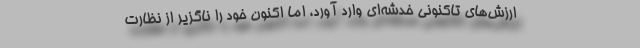
ارزش‌های تاکنونی خدشه‌ای وارد آورد، اما اکنون خود را ناگزیر از نظارت